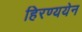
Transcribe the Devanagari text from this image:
हिरण्ययेन